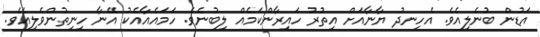
އަޑުން ބުނެލިއެވެ. އެހިނދު ޔާނާއަށް އިތުރު ހައިރާންކަމެއް ލިބުނެވެ. ހަމައެއާއެކު އޭނާ ހިނިތުންވެލިއެވެ.